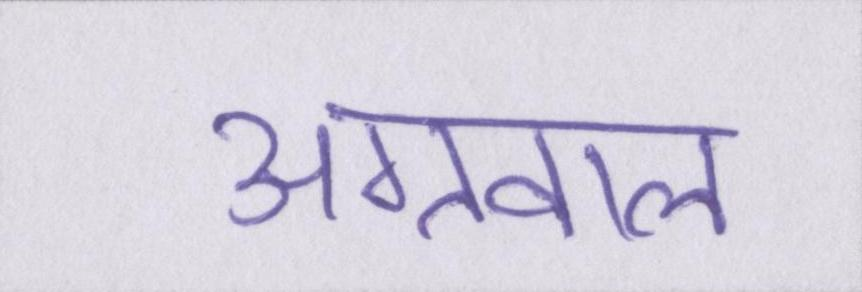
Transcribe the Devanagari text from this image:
अग्रवाल